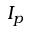
I _ { p }